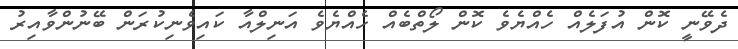
ދެވޭނީ ކޮން އުފަލެއް ހެއްޔެވެ ކޮން ލޯތްބެއް ހެއްޔެވެ އަނިލްއާ ކައިވެނިކުރަން ބޭނުންވާއިރު